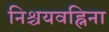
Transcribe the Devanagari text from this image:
निश्चयवह्निना